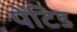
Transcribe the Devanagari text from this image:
पेंटिड